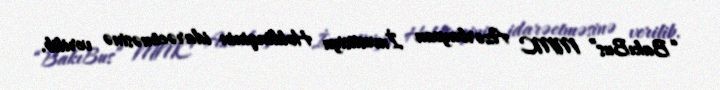
“BakıBus” MMC Azərbaycan İnvestisiya Holdinqinin idarəetməsinə verilib.